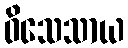
ဝိသေသာယ